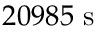
2 0 9 8 5 \ \mathrm { s }